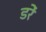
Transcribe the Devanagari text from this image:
डरें